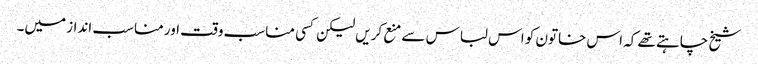
شیخ چاہتے تھے کہ اس خاتون کو اس لباس سے منع کریں لیکن کسی مناسب وقت اور مناسب انداز میں۔